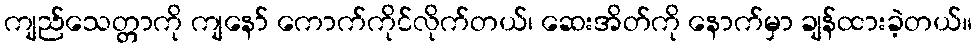
ကျည်သေတ္တာကို ကျနော် ကောက်ကိုင်လိုက်တယ်၊ ဆေးအိတ်ကို နောက်မှာ ချန်ထားခဲ့တယ်။